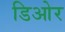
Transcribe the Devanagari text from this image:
डिओर